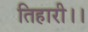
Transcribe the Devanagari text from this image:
तिहारी।।